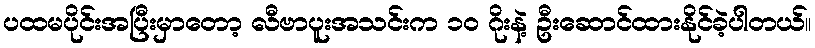
ပထမပိုင်းအပြီးမှာတော့ လီဗာပူးအသင်းက ၁၀ ဂိုးနဲ့ ဦးဆောင်ထားနိုင်ခဲ့ပါတယ်။